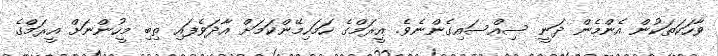
ވާހަކަތަކުން އެންމެން ދަނީ ސިއްސައިގެންނެވެ. އީރަމްގެ ހަމަހިމޭންކަމަށް އާދަވެފައި ތިބި މީހުންނަށް އީރަމްގެ